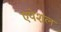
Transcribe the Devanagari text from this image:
एपेशल